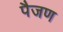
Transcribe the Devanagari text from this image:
पैजण